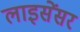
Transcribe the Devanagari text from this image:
लाइसेंसर